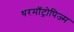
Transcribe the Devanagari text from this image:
थरमॉट्रोपिज्म